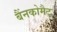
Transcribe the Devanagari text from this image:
बैंनकोमैट